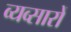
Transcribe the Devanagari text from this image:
व्यव्सारों